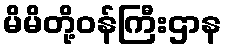
မိမိတို့ဝန်ကြီးဌာန